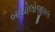
બાયોલોજીકલ